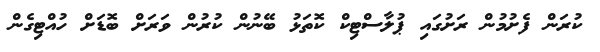
ކުރަން ފެށުމުން ރަށުގައި ޕުލާސްޓިކް ކޮތަޅު ބޭނުން ކުރުން ވަރަށް ބޮޑަށް ހުއްޓިގެން